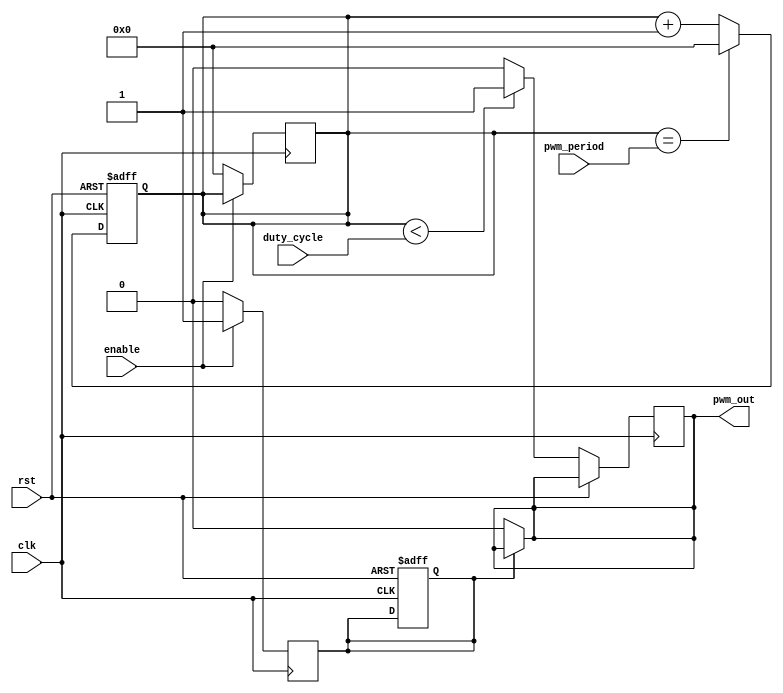
module pwm_timer (
    input wire clk,
    input wire rst,
    input wire enable,
    input wire [7:0] pwm_period,
    input wire [7:0] duty_cycle,
    output reg pwm_out
);

reg [7:0] counter;
reg pwm_enable;

always @(posedge clk or posedge rst) begin
    if (rst) begin
        counter <= 8'd0;
        pwm_enable <= 1'b0;
    end else begin
        if (counter == pwm_period) begin
            counter <= 8'd0;
        end else begin
            counter <= counter + 1;
        end
        
        if (counter < duty_cycle) begin
            pwm_out <= 1'b1;
        end else begin
            pwm_out <= 1'b0;
        end
    end
end

always @(posedge clk) begin
    if (enable) begin
        pwm_enable <= 1'b1;
    end else begin
        pwm_enable <= 1'b0;
        counter <= 8'd0;
    end
end

assign pwm_out = pwm_enable ? pwm_out : 1'b0;

endmodule